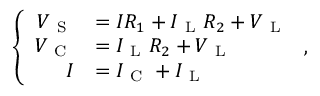
\left\{ \begin{array} { r l } { V _ { \mathrm { ~ S ~ } } } & { = I R _ { 1 } + I _ { \mathrm { ~ L ~ } } R _ { 2 } + V _ { \mathrm { ~ L ~ } } } \\ { V _ { \mathrm { ~ C ~ } } } & { = I _ { \mathrm { ~ L ~ } } R _ { 2 } + V _ { \mathrm { ~ L ~ } } } \\ { I } & { = I _ { \mathrm { ~ C ~ } } + I _ { \mathrm { ~ L ~ } } } \end{array} \right. ,